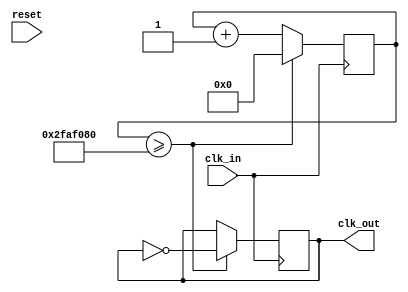
module CLK_DIV (
    input wire clk_in,
    input reset,
    output reg clk_out 
);
    reg [31:0] cnt;
    
    always @(posedge clk_in) begin
            if (cnt >= 32'h02FAF080) begin
                clk_out <= !clk_out;
                cnt <= 0;
            end
            else begin
                cnt <= cnt + 1;
            end
    end
endmodule